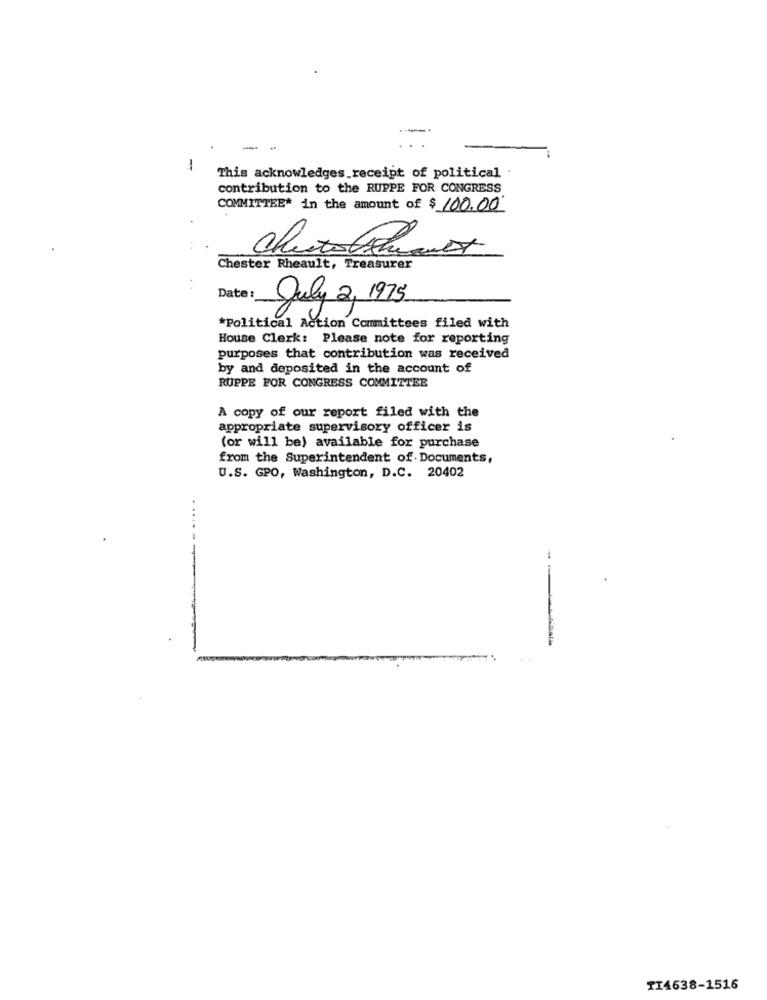
-
-
This acknowledges_receipt of political .
contribution to the RUPPE FOR CONGRESS
COMMITTEE* in the amount of $ 100.00
Chester Rheault, Treasurer
Date
July 2, 1975
*Political Action Committees filed with
House Clerk: Please note for reporting
purposes that contribution was received
by and deposited in the account of
RUPPE FOR CONGRESS COMMITTEE
A copy of our report filed with the
appropriate supervisory officer is
(or will be) available for purchase
from the Superintendent of. Documents,
U.S. GPO, Washington, D.C. 20402
-
TI4638-1516